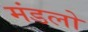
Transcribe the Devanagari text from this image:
मंडलो